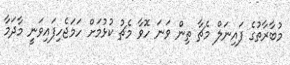
މުބާރާތުގެ ފައިނަލް މެޗާ ތިން ވަނަ ހޮވާ މެޗު ކުޅުމަށް ހަމަޖެހިފައިވަނީ މާދަމާ